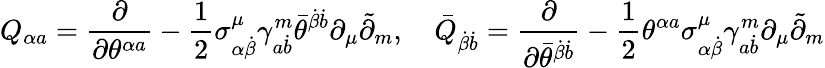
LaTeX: Q_{\alpha a}=\frac\partial{\partial\theta^{\alpha a}}-\frac 12\sigma_{\alpha\dot{\beta}}^{\mu}\gamma_{a\dot{b}}^{m}\bar{\theta}^{\dot{\beta}\dot{b}}\partial_{\mu}\tilde{\partial}_{m},\quad\bar{Q}_{\dot{\beta}\dot{b}}=\frac\partial{\partial\bar{\theta}^{\dot{\beta}\dot{b}}}-\frac 12\theta^{\alpha a}\sigma_{\alpha\dot{\beta}}^{\mu}\gamma_{a\dot{b}}^{m}\partial_{\mu}\tilde{\partial}_{m}